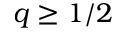
q \geq 1 / 2